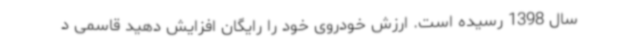
سال 1398 رسیده است. ارزش خودروی خود را رایگان افزایش دهید قاسمی د